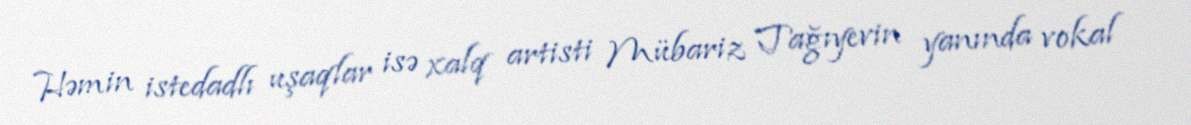
Həmin istedadlı uşaqlar isə xalq artisti Mübariz Tağıyevin yanında vokal